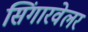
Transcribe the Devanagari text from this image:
सिंगारवेलर